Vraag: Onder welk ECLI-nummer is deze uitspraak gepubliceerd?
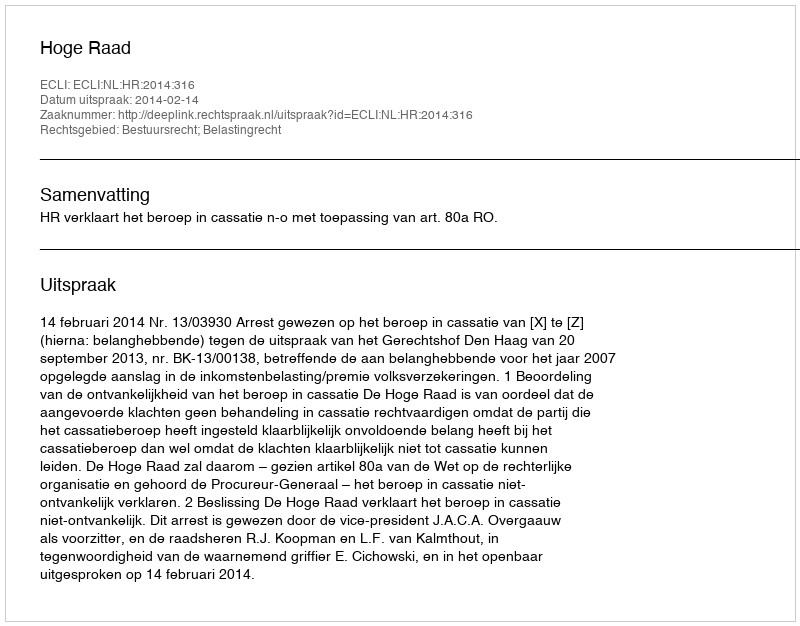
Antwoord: ECLI:NL:HR:2014:316